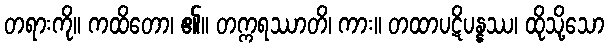
တရားကို။ ကထိတော၊ ၏။ တက္ကရဿာတိ၊ ကား။ တထာပဋိပန္နဿ၊ ထိုသို့သော